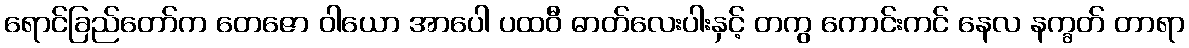
ရောင်ခြည်တော်က တေဇော ဝါယော အာပေါ ပထဝီ ဓာတ်လေးပါးနှင့် တကွ ကောင်းကင် နေလ နက္ခတ် တာရာ